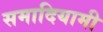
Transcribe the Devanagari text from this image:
समादियामी